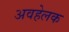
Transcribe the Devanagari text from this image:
अवहेलक